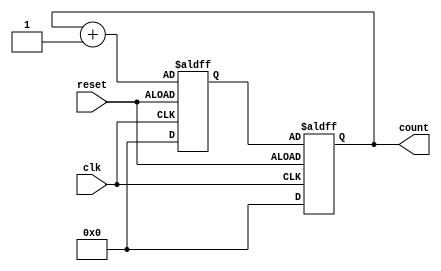
module synchronous_counter(
    input wire clk, 
    input wire reset,
    output reg [3:0] count
);

reg [3:0] next_count;

always @(posedge clk or negedge reset) begin
    if (reset) begin
        next_count <= 4'b0000;
    end else begin
        next_count <= count + 4'b0001; // increment logic, can be modified for decrementing
    end
end

always @(posedge clk or negedge reset) begin
    if (reset) begin
        count <= 4'b0000;
    end else begin
        count <= next_count;
    end
end

endmodule